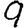
Digit: 9